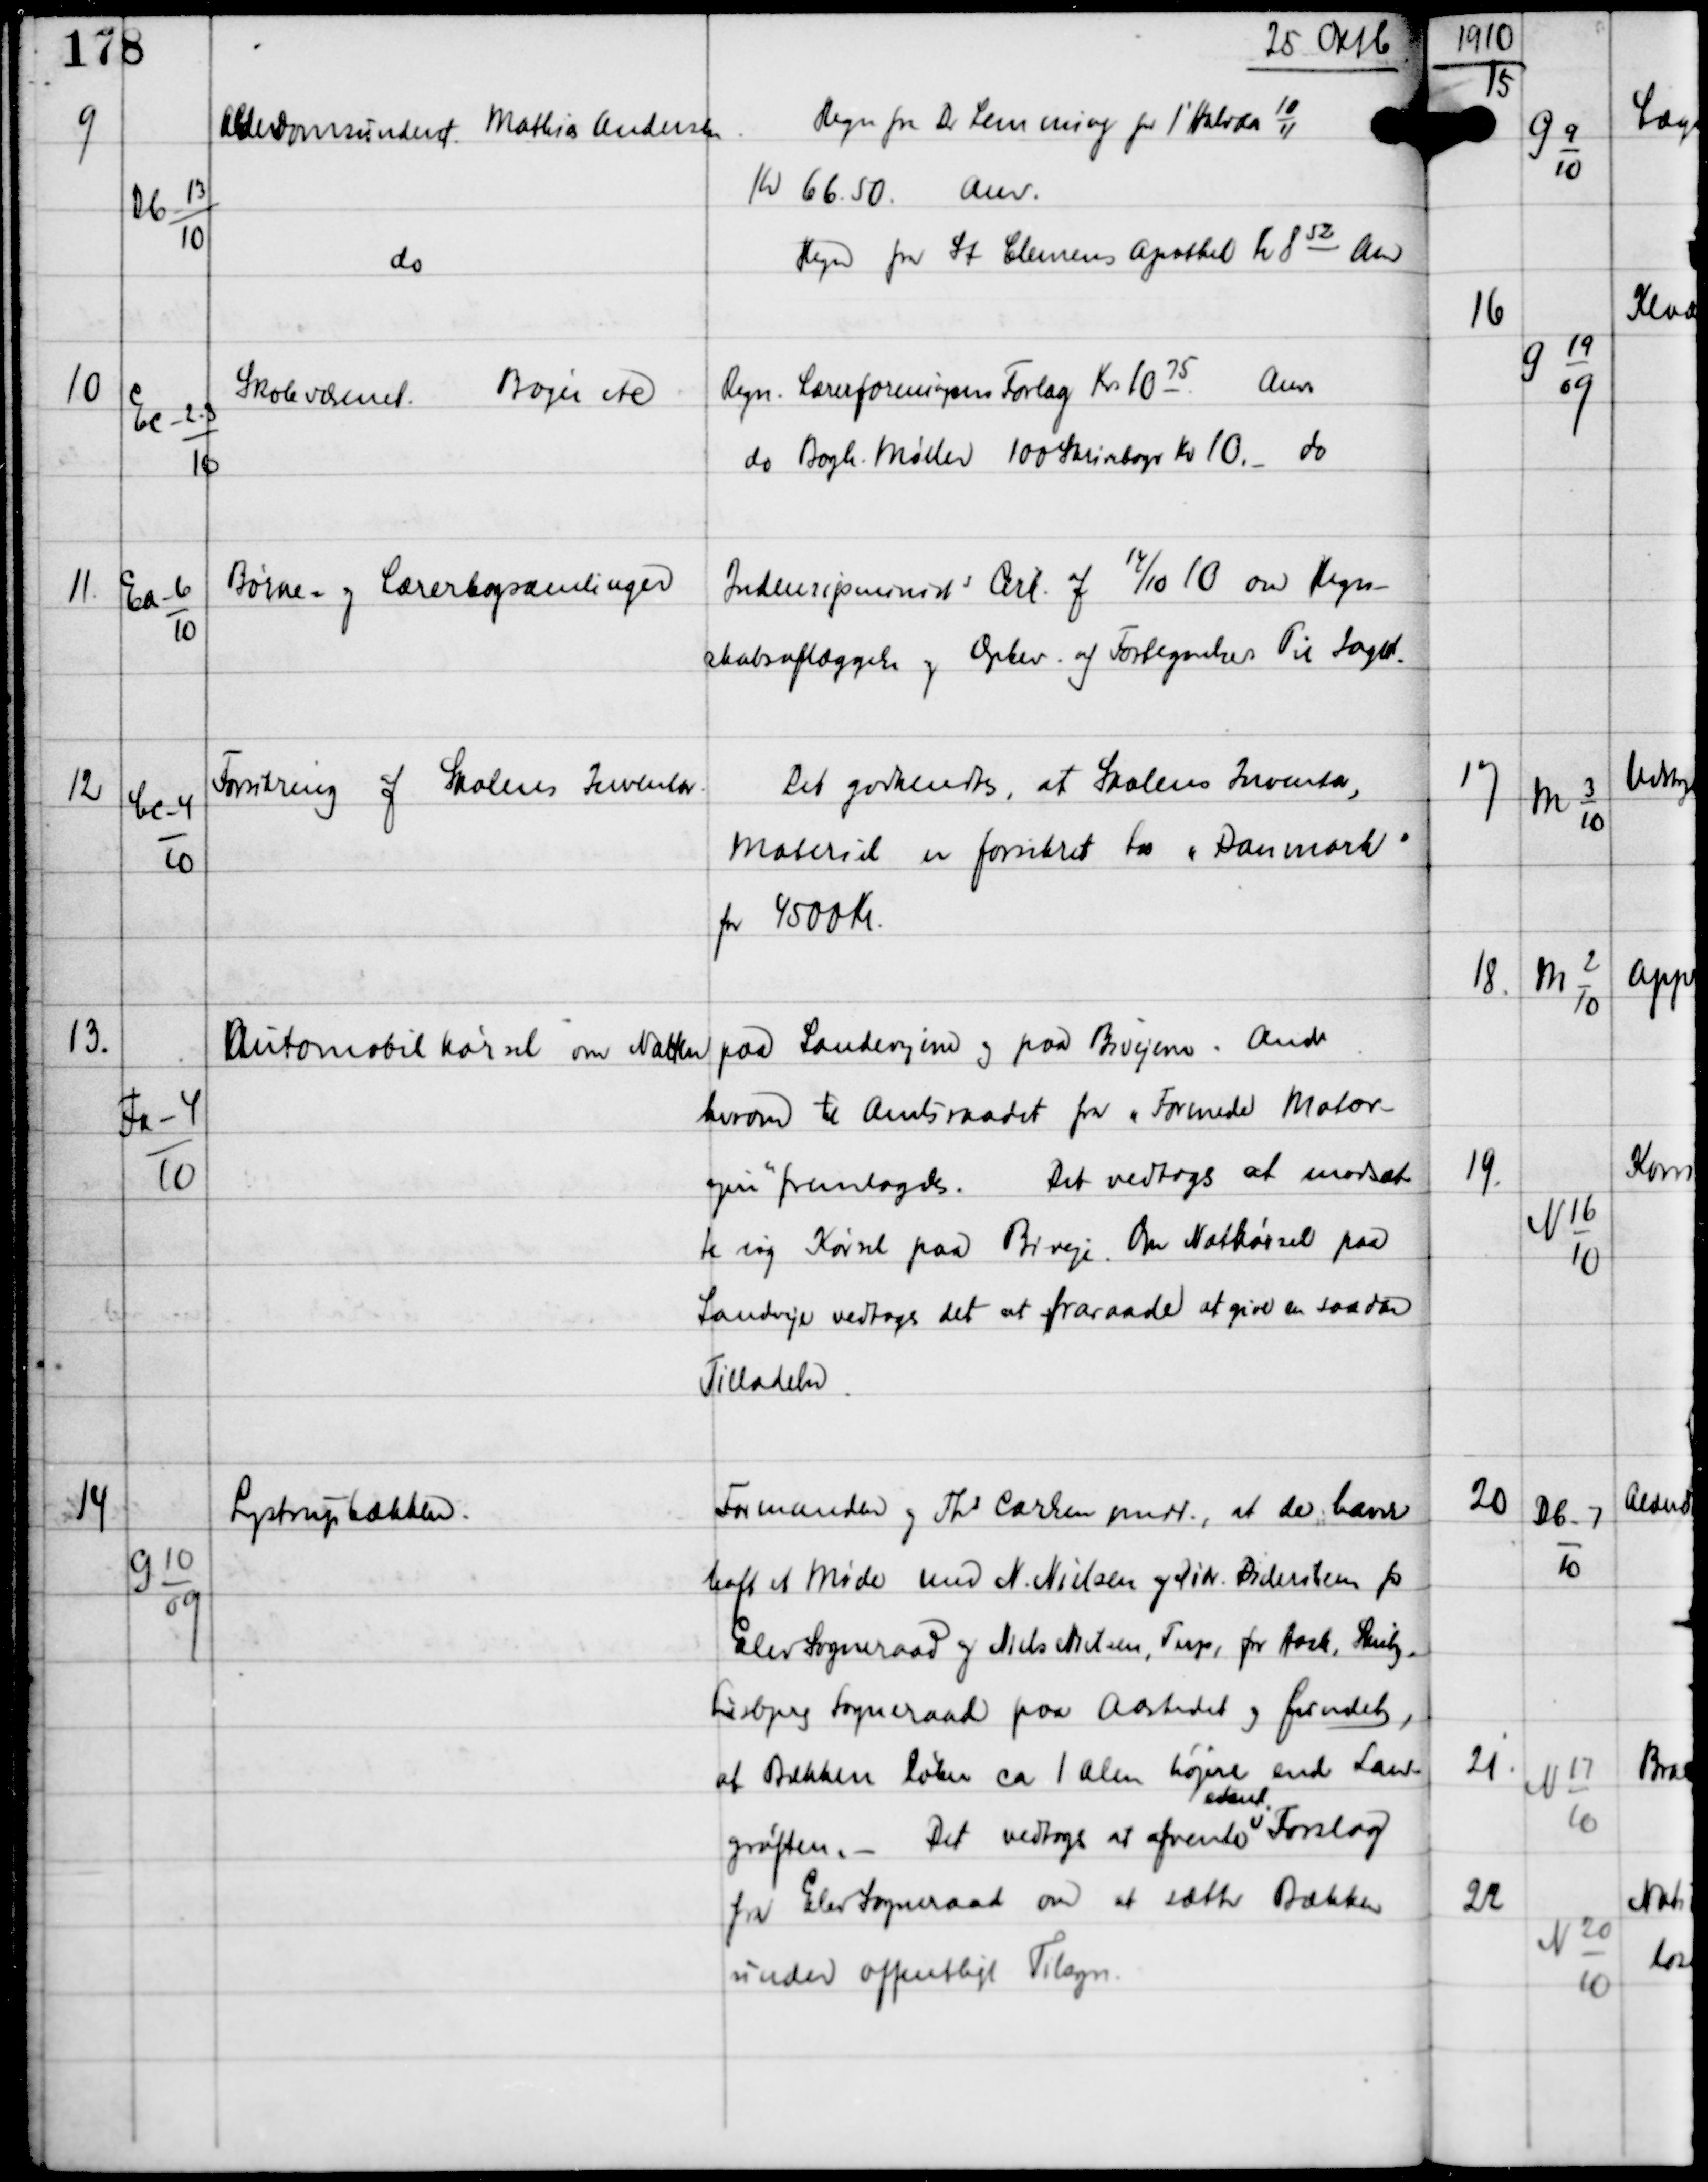
Transskription:
25 Oktb

9

Db-13
10

Alderdomsundst Mathias Andersen

Regn fra Dr Lemming for 1' Halvaar
10
11
Kr 66.50.
Anv.

do

Regn fra St Clemens Apothek Kr 852.
Anv

10

Ec-2-3
10

Skolevæsenet
Bøger etc

Regn Lærerforeningens Forlag Kr 1075.
Anv.
do Bogh Møller 100 Skrivebøger Kr 10.-
do

11.

Ea-6
10

Børne- og Lærerbogsamlinger

Indenrigsminists Cirk af 14/10 10 om Regn-
skabsaflæggelse og Opbev af Fortegnelser. Til Iagtt.

12

Cc-4
10

Forsikring af Skolens Inventar

Det godkendtes, at Skolens Inventar,
Materiel er forsikret hos "Danmark"
for 4500 Kr.

13.

Fa-4
10

Automobilkørsel om Natten

paa Landevejene og paa Bivejene. Andr
herom til Amtsraadet fra "Forenede Motor-
ejere" fremlagdes.
Det vedtoges at modsæt-
te sig Kørsel paa Biveje. Om Natkørsel paa
Landeveje vedtoges det at fraraade at give en saadan
Tilladelse.

14

G10
09

Lystrupbækken.

Formanden og Ths Carlsen medl., at de havde
haft et Møde med N. Nielsen og Lin Dideriksen fra
Elev Sogneraad og Niels Nielsen, Terp fra Hasle Skeiby-
Lisbjerg Sogneraad paa Aastedet og fundet,
at Bækken løber ca 1 Alen højere end Land-
grøften. -
Det vedtoges at afvente
event
Forslag
fra Elev Sogneraad om at sætte Bækken
under offentligt Tilsyn.